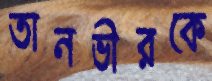
তানভীরকে